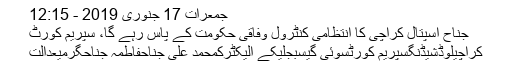
جمعرات 17 جنوری 2019 - 12:15
جناح اسپتال کراچی کا انتظامی کنٹرول وفاقی حکومت کے پاس رہے گا، سپریم کورٹ
کراچیلوڈشیڈنگسپریم کورٹسوئی گیسبجلیکے الیکٹرکمحمد علی جناحفاطمہ جناحگرمیعدالت